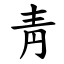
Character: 靑